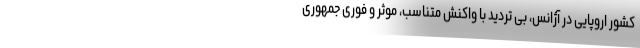
کشور اروپایی در آژانس، بی تردید با واکنش متناسب، موثر و فوری جمهوری